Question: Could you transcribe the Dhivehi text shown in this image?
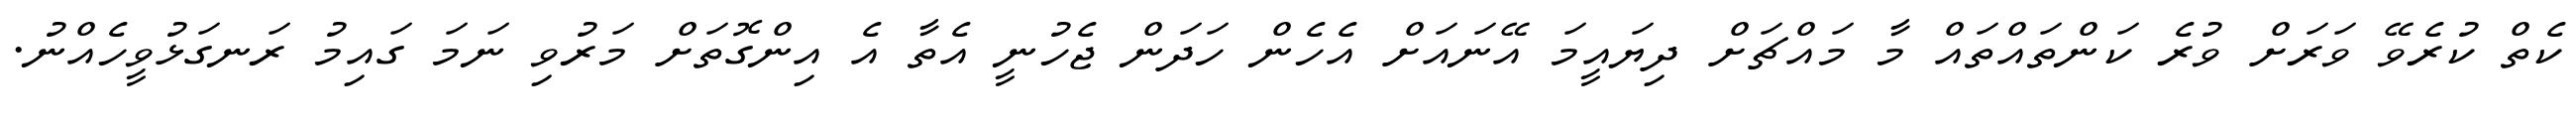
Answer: ކެތް ކުރެވޭ ވަރަށް ވުރެ ކަންތައްތައް މާ މައްޗަށް ދިޔައީމަ އޭނައަށް އެހެން ހަދަން ޖެހުނީ އެތާ އެ އިންގޮތަށް މަރުވި ނަމަ ގައިމު ރަނގަޅުވީހެއްނު.